Indian journal of veterinary science and animal husbandry - Volume 7,
Year: 1937
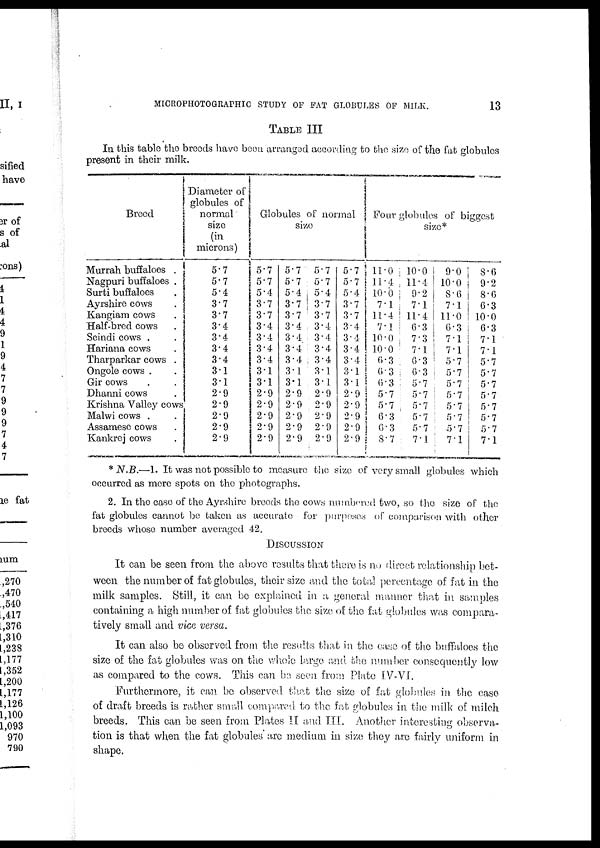
MICROPHOTOGRAPHIC STUDY OF FAT GLOBULES OF MILK.
13
TABLE III
In this table the breeds have been arranged according to the size of the fat globules
present in their milk.
Breed
Murrah buffaloes .
Nagpuri buffaloes .
Surti buffaloes .
Ayrshire cows .
Kangiam cows .
Half-bred cows .
Scindi cows .
Hariana cows .
Tharparkar cows .
Ongole cows . .
Gir cows . .
Dhanni cows .
Krishna Valley cows
Malwi cows .
Assamese cows
Kankrej cows .
Diameter of
globules of
normal
size
(in
microns)
5.7
5.7
5.4
3.7
3.7
3.4
3.4
3.4
3.4
3.1
3.1
2.9
2.9
2.9
2.9
2.9
Globules of normal
size
5.7
5.7
5.4
3.7
3.7
3.4
3.4
3.4
3.4
3.1
3.1
2.9
2.9
2.9
2.9
2.9
5.7
5.7
5.4
3.7
3.7
3.4
3.4
3.4
3.4
3.1
3.1
2.9
2.9
2.9
2.9
2.9
5.7
5.7
5.4
3.7
3.7
3.4
3.4
3.4
3.4
3.1
3.1
2.9
2.9
2.9
2.9
2.9
5.7
5.7
5.4
3.7
3.7
3.4
3.4
3.4
3.4
3.1
3.1
2.9
2.9
2.9
2.9
2.9
Four globulos of biggest
size*
11.0
11.4
10.0
7.1
11.4
7.1
10.0
10.0
6.3
6.3
6.3
5.7 5.7
6.3
6.3
8.7
10.0
11.4
9.2
7.1
11.4
6.3
7.3
7.1
6.3
6.3
5.7
5.7
5.7
5.7
5.7
7.1
9.0
10.0
8.6
7.1
11.0
6.3
7.1
7.1
5.7
5.7
5.7
5.7
5.7
5.7
5.7
7.1
8.6
9.2
8.6
6.3
10.0
6.3
7.1
7.1
5.7
5.7
5.7
5.7
5.7
5.7
5.7
7.1
* N.B.—1. It was not possible to measure the size of very small globules which
occurred as mere spots on the photographs.
2. In the case of the Ayrshire breeds the cows numbered two, so the size of the
fat globules cannot be taken as accurate for purposes of comparison with other
breeds whose number averaged 42.
DISCUSSION
It can be seen from the above results that there is no direct relationship bet-
ween the number of fat globules, their size and the total percentage of fat in the
milk samples. Still, it can be explained in a general manner that in samples
containing a high number of fat globules the size of the fat globules was compara-
tively small and vice versa.
It can also be observed from the results that in the case of the buffaloes the
size of the fat globules was on the whole large and the number consequently low
as compared to the cows. This can be seen from Plate IV-VI.
Furthermore, it can be observed that the size of fat globules in the case
of draft breeds is rather small compared to the fat globules in the milk of milch
breeds. This can be seen from Plates II and III. Another interesting observa-
tion is that when the fat globules are medium in size they are fairly uniform in
shape.